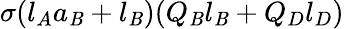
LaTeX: \sigma(l_{A}a_{\mathit{B}}+l_{\mathit{B}})(Q_{\mathit{B}}l_{\mathit{B}}+Q_{D}l_{D})